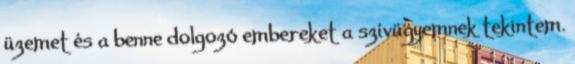
üzemet és a benne dolgozó embereket a szívügyemnek tekintem.